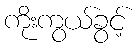
ကိုးကွယ်ခွင့်